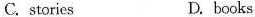
C. stories D.books